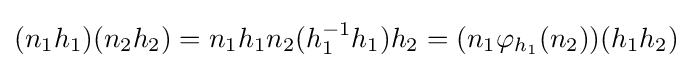
(n_{1}h_{1})(n_{2}h_{2})=n_{1}h_{1}n_{2}(h_{1}^{-1}h_{1})h_{2}=(n_{1}\varphi _{h_{1}}(n_{2}))(h_{1}h_{2})